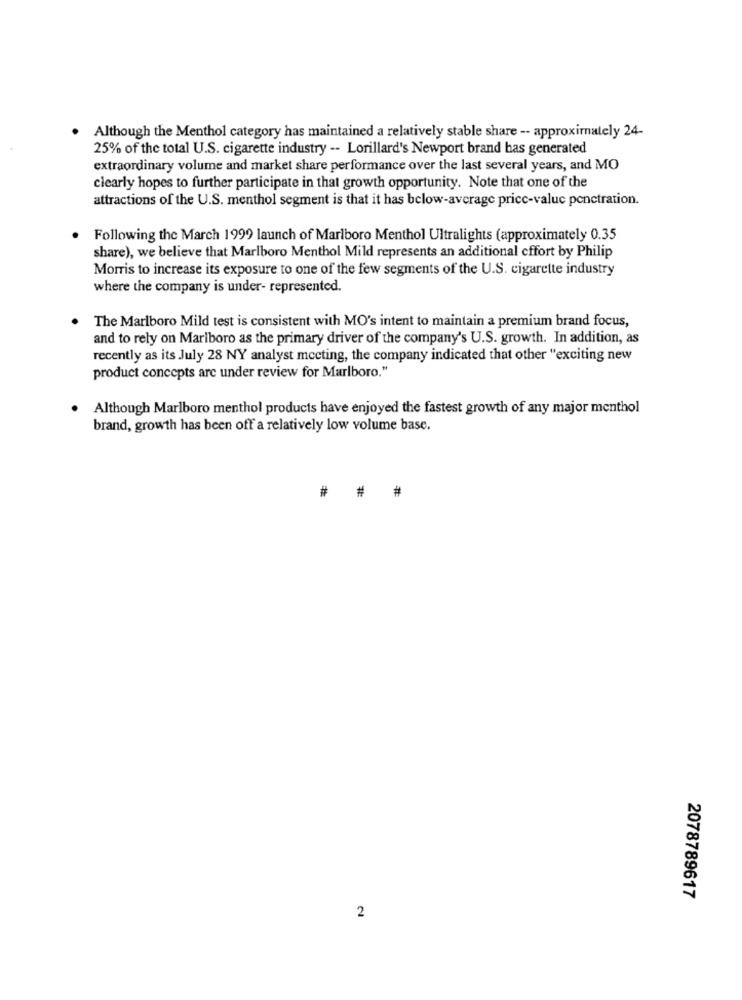
. Although the Menthol category has maintained a relatively stable share -- approximately 24-
25% of the total U.S. cigarette industry -- Lorillard's Newport brand has generated
extraordinary volume and market share performance over the last several years, and MO
clearly hopes to further participate in that growth opportunity. Note that one of the
attractions of the U.S. menthol segment is that it has below-average price-valuc penetration.
Following the March 1999 launch of Marlboro Menthol Ultralights (approximately 0.35
share), we believe that Marlboro Menthol Mild represents an additional cffort by Philip
Morris to increase its exposure to one of the few segments of the U.S. cigarette industry
where the company is under- represented.
The Marlboro Mild test is consistent with MO's intent to maintain a premium brand focus,
and to rely on Marlboro as the primary driver of the company's U.S. growth. In addition, as
recently as its July 28 NY analyst meeting, the company indicated that other "exciting new
product concepts arc under review for Marlboro."
Although Marlboro menthol products have enjoyed the fastest growth of any major menthol
brand, growth has been off a relatively low volume base.
#
#
2078789617
2